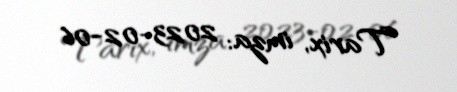
Tarix, imza: 2023-02-06